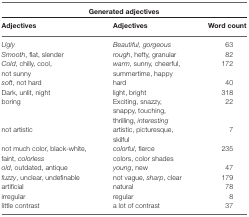
<table><thead><tr><td colspan="3"><b>Generated adjectives</b></td></tr><tr><td><b>Adjectives</b></td><td><b>Adjectives</b></td><td><b>Word count</b></td></tr></thead><tbody><tr><td><i>Ugly</i></td><td><i>Beautiful, gorgeous</i></td><td>63</td></tr><tr><td><i>Smooth</i>, flat, slender</td><td><i>rough</i>, hefty, granular</td><td>82</td></tr><tr><td><i>Cold</i>, chilly, cool,</td><td><i>warm</i>, sunny, cheerful,</td><td>172</td></tr><tr><td>not sunny</td><td>summertime, happy</td></tr><tr><td><i>soft</i>, not hard</td><td>hard</td><td>40</td></tr><tr><td>Dark, unlit, night</td><td>light, bright</td><td>318</td></tr><tr><td>boring</td><td>Exciting, snazzy,</td><td>22</td></tr><tr><td></td><td>snappy, touching,</td></tr><tr><td></td><td>thrilling, <i>interesting</i></td></tr><tr><td>not artistic</td><td>artistic, picturesque,</td><td>7</td></tr><tr><td></td><td>skilful</td></tr><tr><td>not much color, black-white,</td><td><i>colorful</i>, fierce</td><td>235</td></tr><tr><td>faint, <i>colorless</i></td><td>colors, color shades</td></tr><tr><td><i>old</i>, outdated, antique</td><td><i>young</i>, new</td><td>47</td></tr><tr><td><i>fuzzy</i>, unclear, undefinable</td><td>not vague, <i>sharp</i>, clear</td><td>179</td></tr><tr><td>artificial</td><td>natural</td><td>78</td></tr><tr><td>irregular</td><td>regular</td><td>8</td></tr><tr><td>little contrast</td><td>a lot of contrast</td><td>37</td></tr></tbody></table>